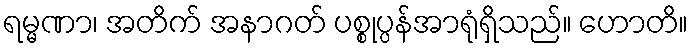
ရမ္မဏာ၊ အတိက် အနာဂတ် ပစ္စုပ္ပန်အာရုံရှိသည်။ ဟောတိ။